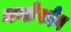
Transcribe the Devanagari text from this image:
जनोफोन